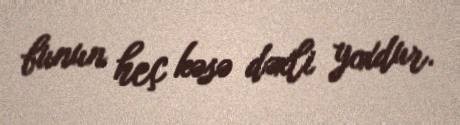
bunun heç kəsə dəxli yoxdur.